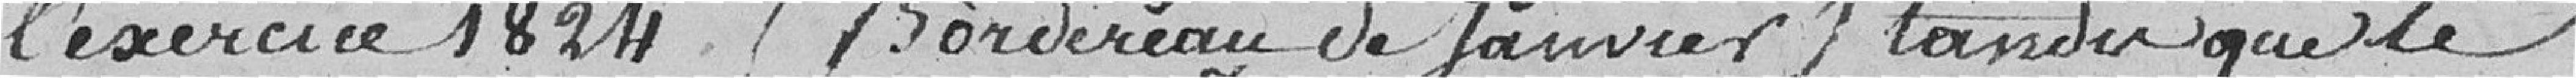
l'exercice 1824 (Bordereau de Janvier) tandis que le